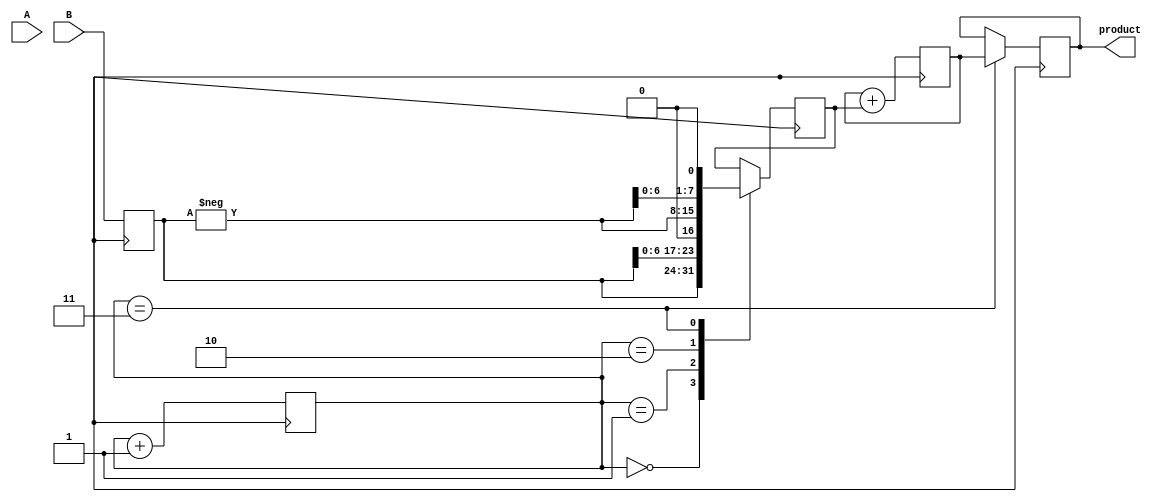
module Booth_Multiplier (
    input [7:0] A,
    input [7:0] B,
    output reg [15:0] product
);

reg [7:0] A_reg, B_reg;
reg [3:0] count;
reg [15:0] Acc;
reg [1:0] Booth_ctrl;
reg [7:0] multiplier_out;

always @ (posedge Clk) begin
    A_reg <= A;
    B_reg <= B;
    
    case (count)
        0: begin
            multiplier_out <= B_reg;
            Booth_ctrl <= 2'b00;
        end
        
        1: begin
            multiplier_out <= B_reg << 1;
            Booth_ctrl <= 2'b01;
        end
        
        2: begin
            multiplier_out <= -B_reg;
            Booth_ctrl <= 2'b10;
        end
        
        3: begin
            multiplier_out <= -B_reg << 1;
            Booth_ctrl <= 2'b11;
        end
    endcase
    
    Acc <= Acc + {8'b0, multiplier_out};
    
    count <= count + 1;
    
    if (count == 3)
        product <= Acc[15:0];
end

endmodule